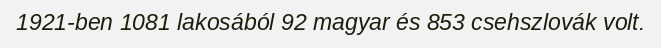
1921-ben 1081 lakosából 92 magyar és 853 csehszlovák volt.